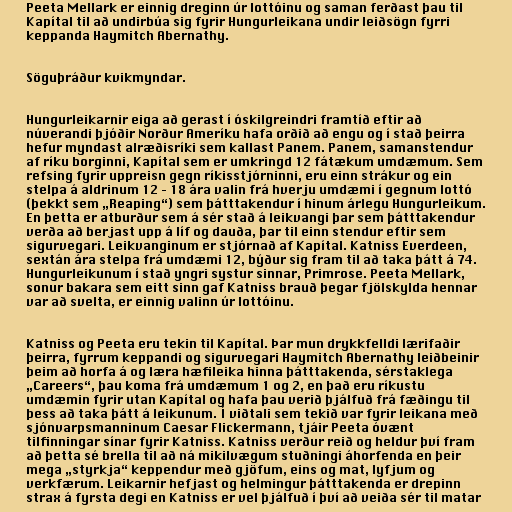
Peeta Mellark er einnig dreginn úr lottóinu og saman ferðast þau til
Kapítal til að undirbúa sig fyrir Hungurleikana undir leiðsögn fyrri
keppanda Haymitch Abernathy.

Söguþráður kvikmyndar.

Hungurleikarnir eiga að gerast í óskilgreindri framtíð eftir að
núverandi þjóðir Norður Ameríku hafa orðið að engu og í stað þeirra
hefur myndast alræðisríki sem kallast Panem. Panem, samanstendur
af ríku borginni, Kapítal sem er umkringd 12 fátækum umdæmum. Sem
refsing fyrir uppreisn gegn ríkisstjórninni, eru einn strákur og ein
stelpa á aldrinum 12 – 18 ára valin frá hverju umdæmi í gegnum lottó
(þekkt sem „Reaping“) sem þátttakendur í hinum árlegu Hungurleikum.
En þetta er atburður sem á sér stað á leikvangi þar sem þátttakendur
verða að berjast upp á líf og dauða, þar til einn stendur eftir sem
sigurvegari. Leikvanginum er stjórnað af Kapítal. Katniss Everdeen,
sextán ára stelpa frá umdæmi 12, býður sig fram til að taka þátt á 74.
Hungurleikunum í stað yngri systur sinnar, Primrose. Peeta Mellark,
sonur bakara sem eitt sinn gaf Katniss brauð þegar fjölskylda hennar
var að svelta, er einnig valinn úr lottóinu.

Katniss og Peeta eru tekin til Kapítal. Þar mun drykkfelldi lærifaðir
þeirra, fyrrum keppandi og sigurvegari Haymitch Abernathy leiðbeinir
þeim að horfa á og læra hæfileika hinna þátttakenda, sérstaklega
„Careers“, þau koma frá umdæmum 1 og 2, en það eru ríkustu
umdæmin fyrir utan Kapítal og hafa þau verið þjálfuð frá fæðingu til
þess að taka þátt á leikunum. Í viðtali sem tekið var fyrir leikana með
sjónvarpsmanninum Caesar Flickermann, tjáir Peeta óvænt
tilfinningar sínar fyrir Katniss. Katniss verður reið og heldur því fram
að þetta sé brella til að ná mikilvægum stuðningi áhorfenda en þeir
mega „styrkja“ keppendur með gjöfum, eins og mat, lyfjum og
verkfærum. Leikarnir hefjast og helmingur þátttakenda er drepinn
strax á fyrsta degi en Katniss er vel þjálfuð í því að veiða sér til matar